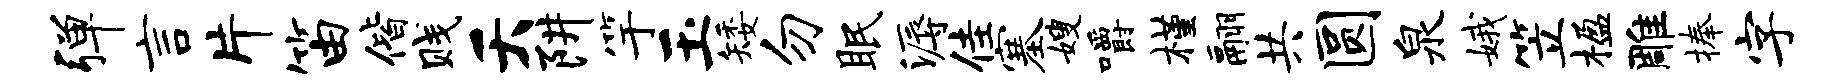
弹言片笛偕贱夭阱竽玉矮勿眠溽佳塞嫂嚼槿翮共圆泉娥笠楹雕捧字